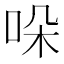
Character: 哚